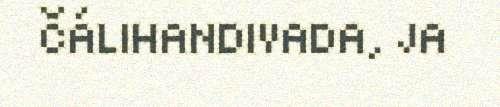
ČÁLIHANDIVADA, JA